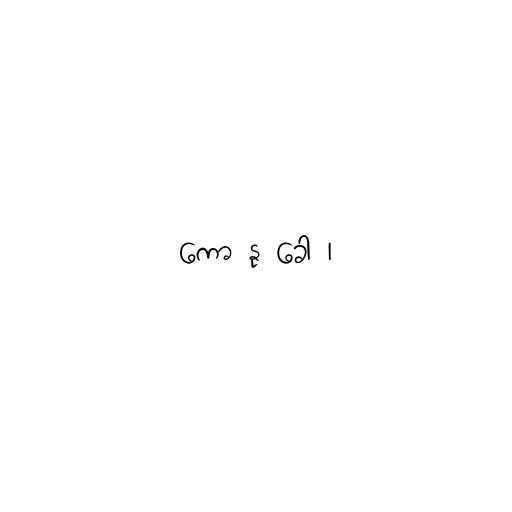
ကော နု ခေါ ၊